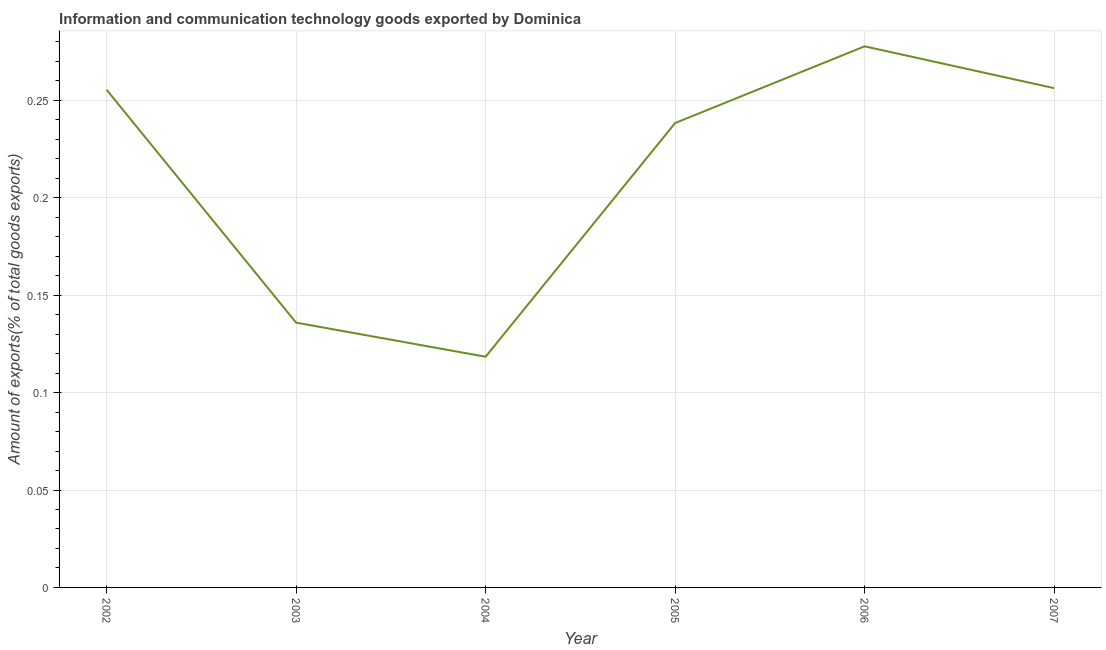
| Year | ICT goods exports |
 | --- | --- |
 | 2002 | 0.255 |
 | 2003 | 0.136 |
 | 2004 | 0.118 |
 | 2005 | 0.238 |
 | 2006 | 0.278 |
 | 2007 | 0.256 |